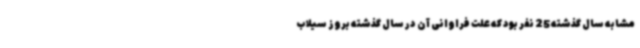
مشابه سال گذشته 25 نفر بود که علت فراوانی آن در سال گذشته بروز سیلاب